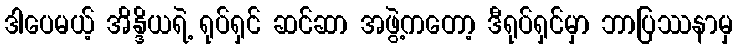
ဒါပေမယ့် အိန္ဒိယရဲ့ ရုပ်ရှင် ဆင်ဆာ အဖွဲ့ကတော့ ဒီရုပ်ရှင်မှာ ဘာပြဿနာမှ